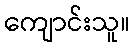
ကျောင်းသူ။